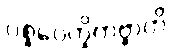
ပစ္စဝေက္ခိတဗ္ဗာတိ